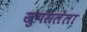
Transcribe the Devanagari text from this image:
खुपसलेला